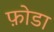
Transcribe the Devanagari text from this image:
फ़ोडा